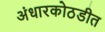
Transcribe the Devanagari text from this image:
अंधारकोठडीत